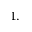
1 .